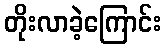
တိုးလာခဲ့ကြောင်း